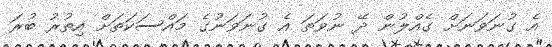
އެ ގުނަވަނަށް ގެއްލުން ދޭ ނުވަތަ އެ ގުނަވަނުގެ މައްސަކަތަށް އިތުރު ބުރަ